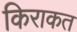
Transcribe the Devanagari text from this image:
किराकत